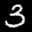
Label: 3